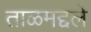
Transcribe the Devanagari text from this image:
ताळमद्दले